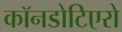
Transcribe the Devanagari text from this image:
कॉनडोटिएरो